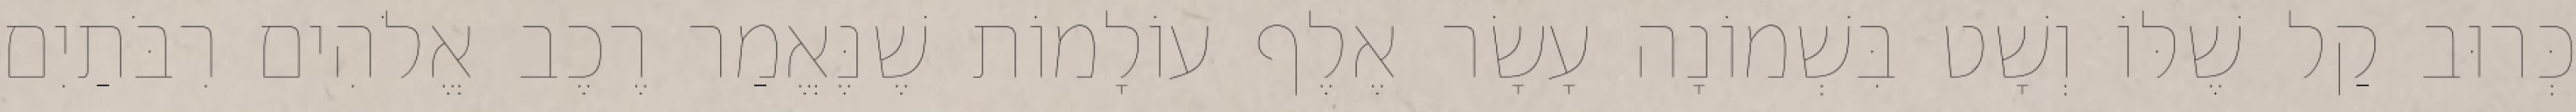
כְּרוּב קַל שֶׁלּוֹ וְשָׁט בִּשְׁמוֹנָה עָשָׂר אֶלֶף עוֹלָמוֹת שֶׁנֶּאֱמַר רֶכֶב אֱלֹהִים רִבֹּתַיִם